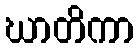
ဃာတိကာ